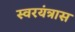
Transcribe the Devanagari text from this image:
स्वरयंत्रास